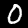
Digit: 0